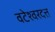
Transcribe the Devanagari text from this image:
वटेश्वरदत्त